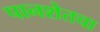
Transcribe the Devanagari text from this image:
पानशेतचा